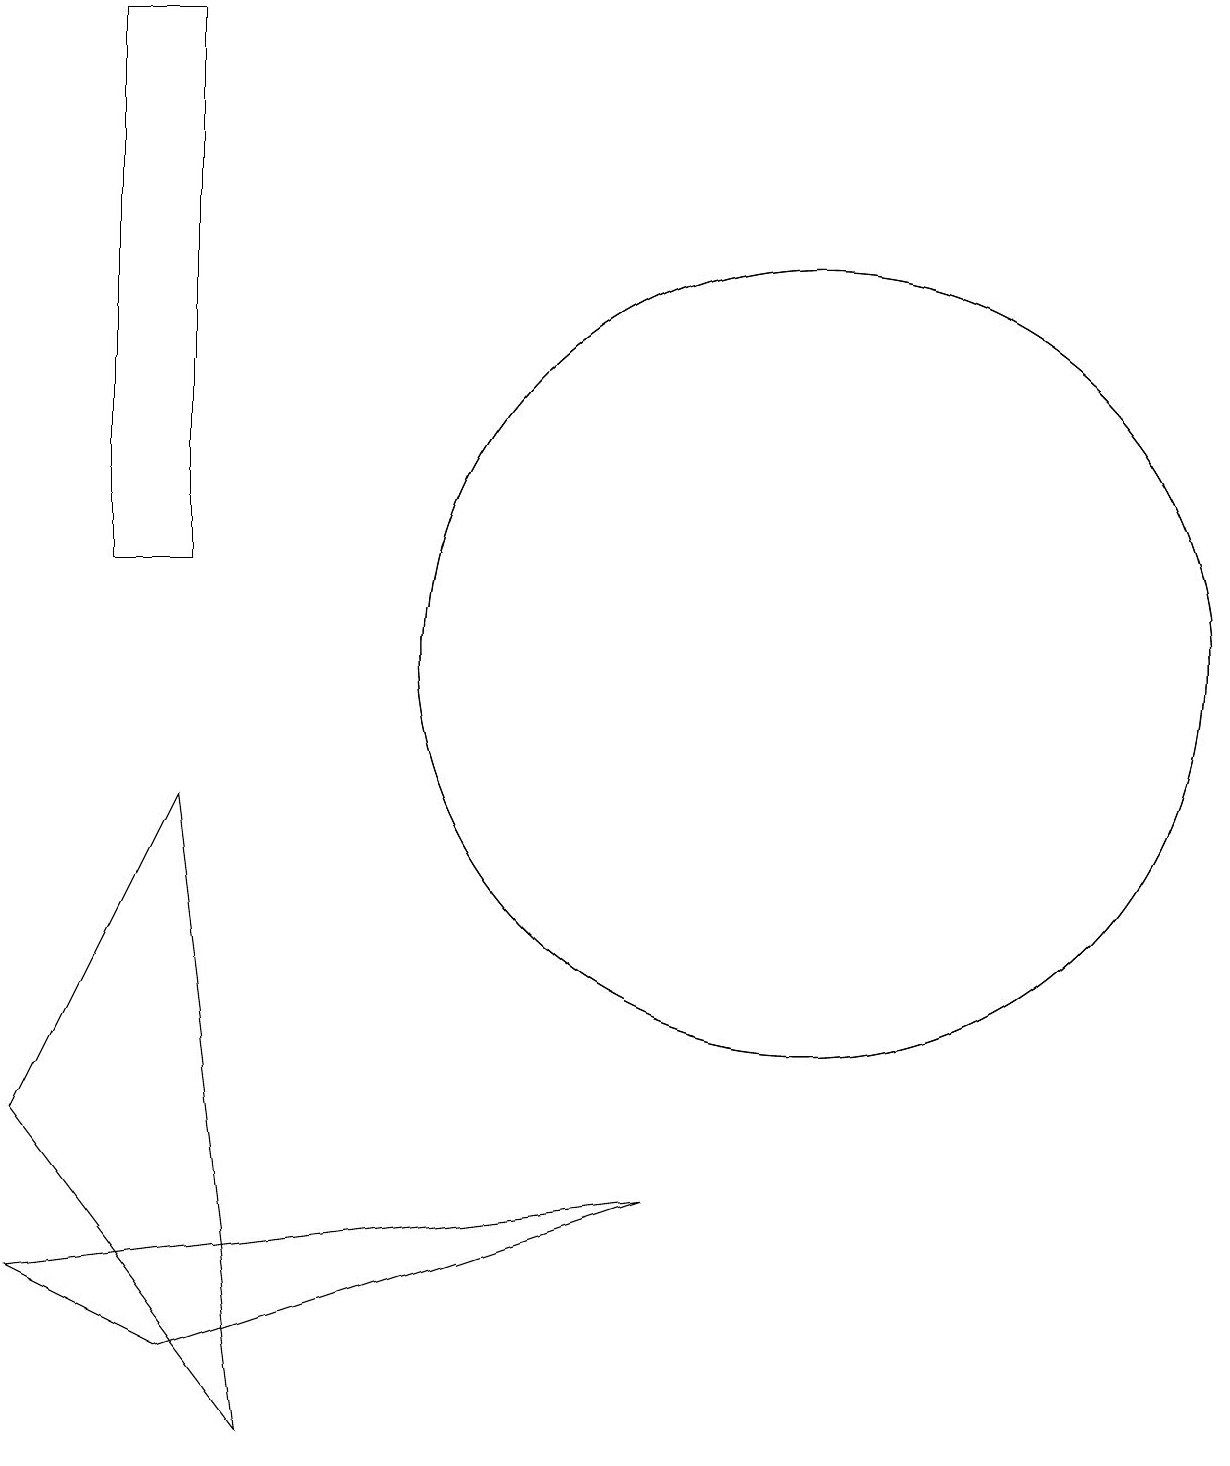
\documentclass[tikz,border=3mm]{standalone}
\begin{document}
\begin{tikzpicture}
\draw (2,8) -- (3,0) -- (0,4) -- cycle;
\draw (1,18) rectangle (2,11);
\draw (10,10) circle (5);
\draw (2,1) -- (0,2) -- (8,3) -- cycle;
\draw (10,10) circle (5);
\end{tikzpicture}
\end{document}